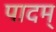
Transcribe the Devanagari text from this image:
पादम्